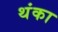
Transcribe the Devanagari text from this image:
थंका